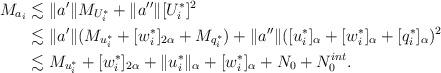
LaTeX: \begin{align*}M_{a_i} & \lesssim \| a^{\prime}\| M_{U_i^*} + \| a^{\prime \prime}\|[U_i^*]^2\\& \lesssim \| a^{\prime}\| (M_{u_i^*} + [w_i^*]_{2\alpha}+ M_{q^*_i}) + \| a^{\prime \prime}\|([u^*_i]_{\alpha} + [w_i^*]_{\alpha} + [q^*_i]_{\alpha})^2\\& \lesssim M_{u_i^*} + [w_i^*]_{2\alpha} + \|u_i^*\|_{\alpha} + [w_i^*]_{\alpha} + N_0 + N_0^{int}.\end{align*}